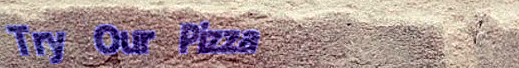
Try Our Pizza